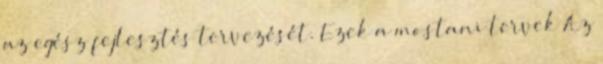
az egész fejlesztés tervezését. Ezek a mostani tervek Az